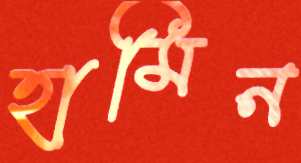
হামিন